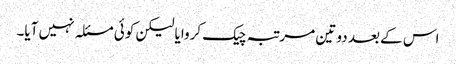
اس کے بعد دو تین مرتبہ چیک کروایا لیکن کوئی مسئلہ نہیں آیا۔